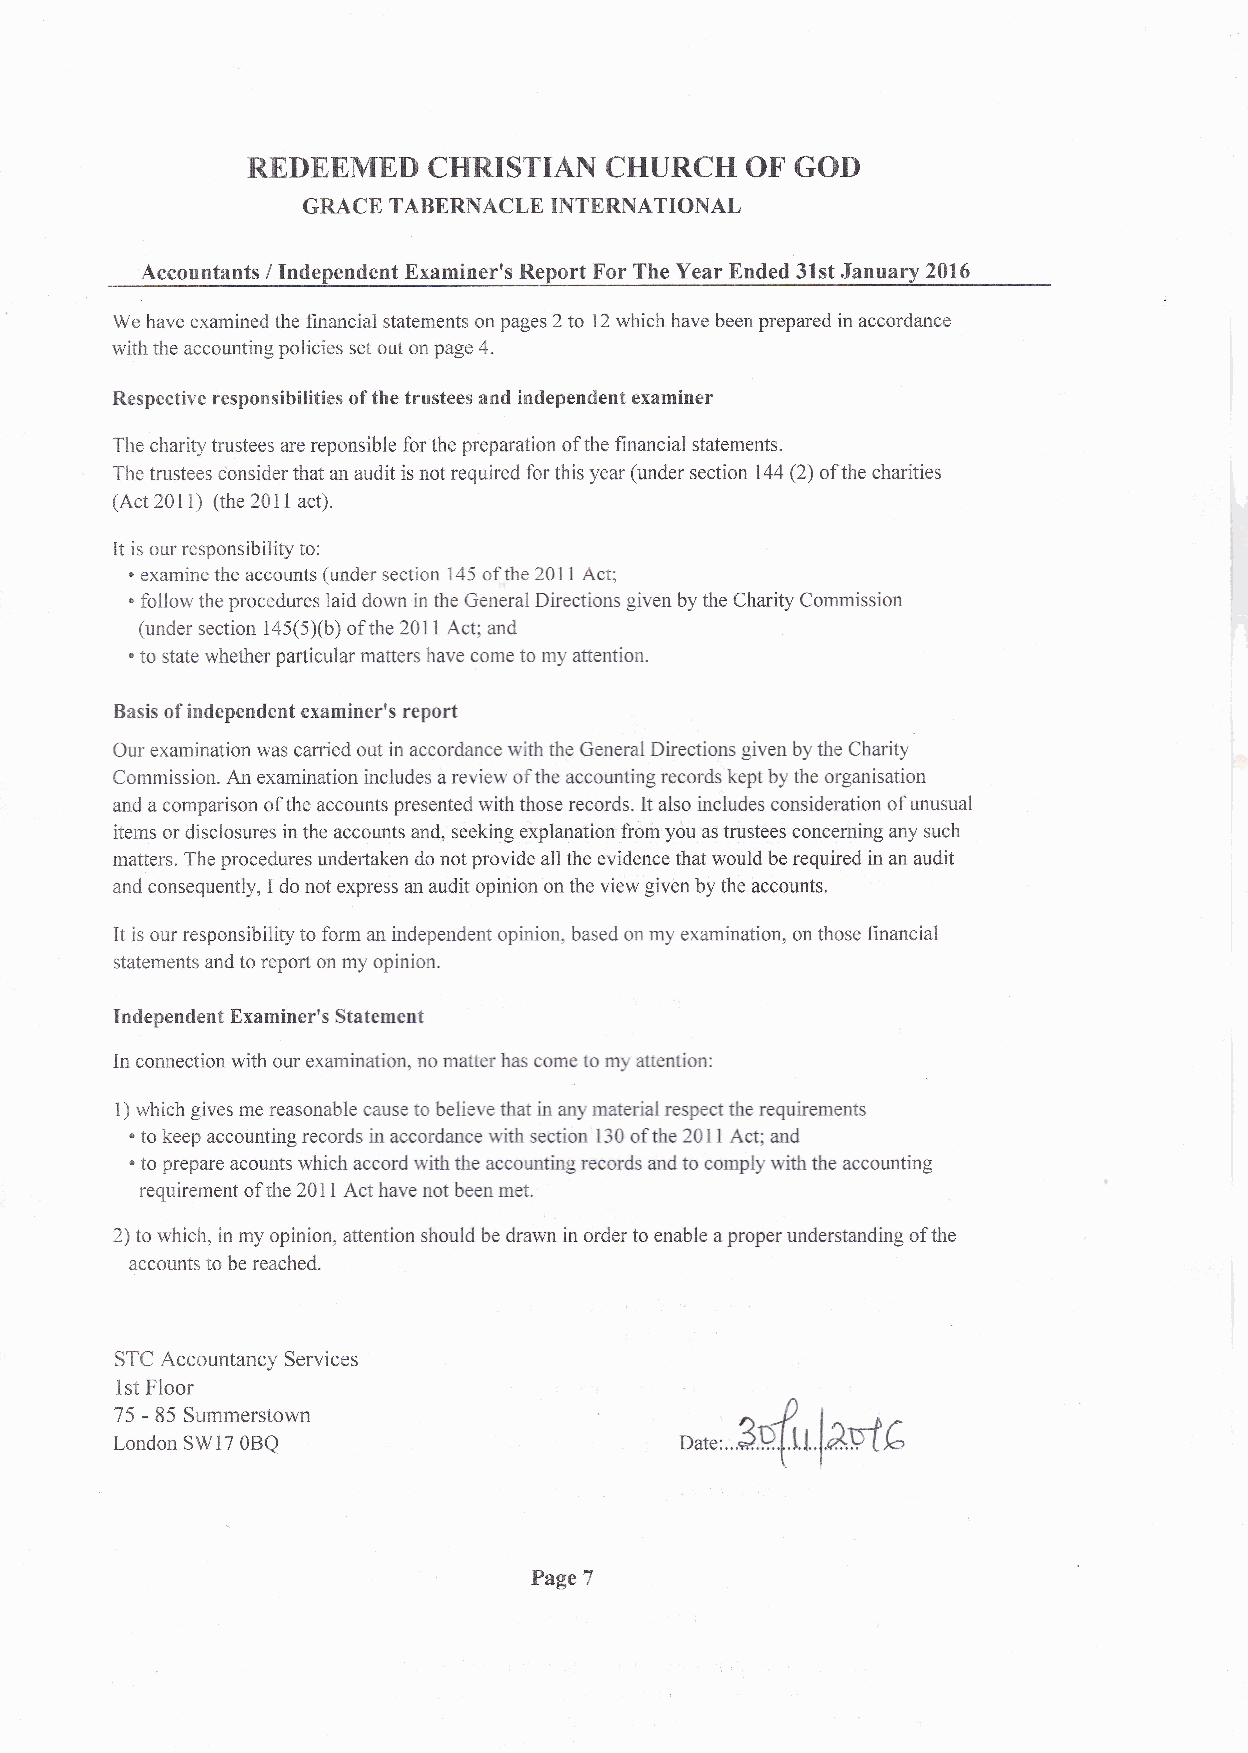
REDEEMED    CHRISTIAN   CHURCH   OF  GOI)
 GRACE TABERNACLE INTERNATIONAL
 Accountants / Independent Examiner's Report For The Year Ended 3lst Janua ry 2016
 We have examined the financial statements on pages 2 to 12 which have been prepared in accordance
 with the accounting policies set out on page 4.
 Respective responsibilities of the trustees and independent examiner
 The charity trustees are reponsible for the preparation ofthe financial statements.
 The trustees ionsider that an audit is not required for this year (under section 144 Q) ofthe charities
 (Act2}ll) (the 201 I act).
 It is our responsibility to:
 . examine the accounts (under section 145 ofthe 2011 Act;
 . follow the procedures laid down in the General Directions given by the Charity Commission
 (under section 145(5Xb) of the 2011 Act; and
 . to state whether particular matters have come to my attention.
 Basis of independent examiner's report
 Our examination was carried out in accordance with the General Directions given by the Charity
 Commission. An examination includes a reyiew of the accounting records kept by the organisation
 and a comparison ofthe accounts presented with those records. It also includes consideration ofunusual
 items or disclosures in the accounts and, seeking glpla4ation from you aq trustees concerning any such
 matters. The procedures undertaken do not provide all the evidence that would be required in an audit
 and consequently, I do not express an audit opinion on the view given by the accounts.
 It is our responsibility to form an independent opinion, based on my examination, on those financial
 statements and to report on my opinion.
 Independent Examiner's Statement
 In connection with our examination, no matter has com; to my attention:
 1) which gives me reasonable cause to believe that in any material respect the requirements
 . to keep accounting records in accordance with section 130 of the 20l l Act; and
 . to prepare acoults which accord with the accounting records and to comply with the accounting
 requirement of the 2011 Act have not been met.
 2) to which, in my opinion, attention should be drawn in order to enable a proper understanding of the
 accounts to be reached.
 STC Accountancy Services
 1st Floor
 -4r
 75 - 85 Summerstown
 London SW17 OBQ                      Date:    lelt6
 Page 7